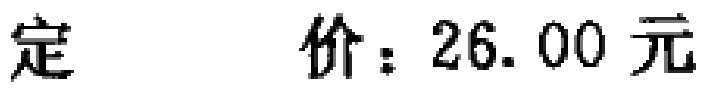
定 价：26.00 元